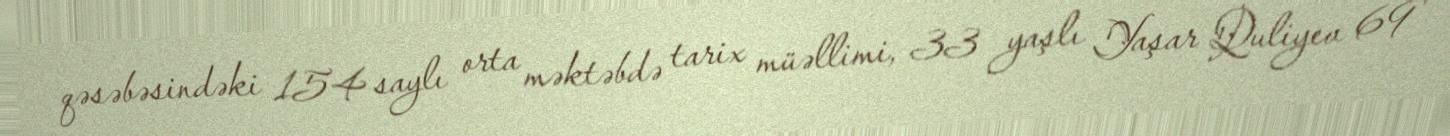
qəsəbəsindəki 154 saylı orta məktəbdə tarix müəllimi, 33 yaşlı Yaşar Quliyev 69